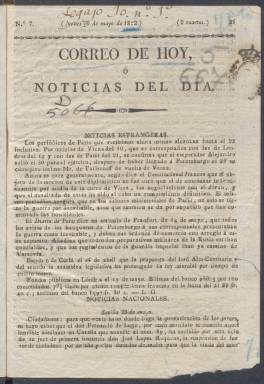
Título: Correo de hoy, o Noticias del día
Otros títulos: Noticias del día
Colección: Periódicos anteriores a 1850
Ámbito geográfico: Madrid
Lugar de publicación: Madrid
Fechas: 30/05/1822-27/06/1822